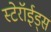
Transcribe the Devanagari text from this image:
स्टेरॉईड्स